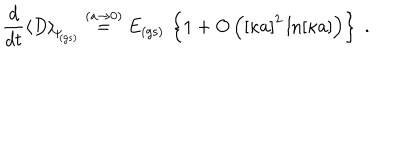
\frac { d } { d t } \left\langle D \right\rangle _ { \scriptstyle \! \Psi _ { \mathrm { \! { \scriptscriptstyle ( g s ) } } } } \stackrel { ( a \rightarrow 0 ) } { = } E _ { \mathrm { ( g s ) } } \, \left\{ 1 + O \left( \left[ \kappa a \right] ^ { 2 } \ln [ \kappa a ] \right) \right\} \; .